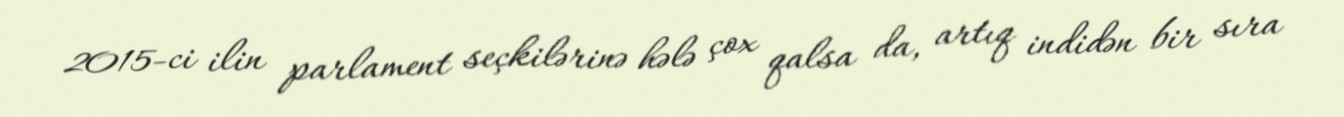
2015-ci ilin parlament seçkilərinə hələ çox qalsa da, artıq indidən bir sıra